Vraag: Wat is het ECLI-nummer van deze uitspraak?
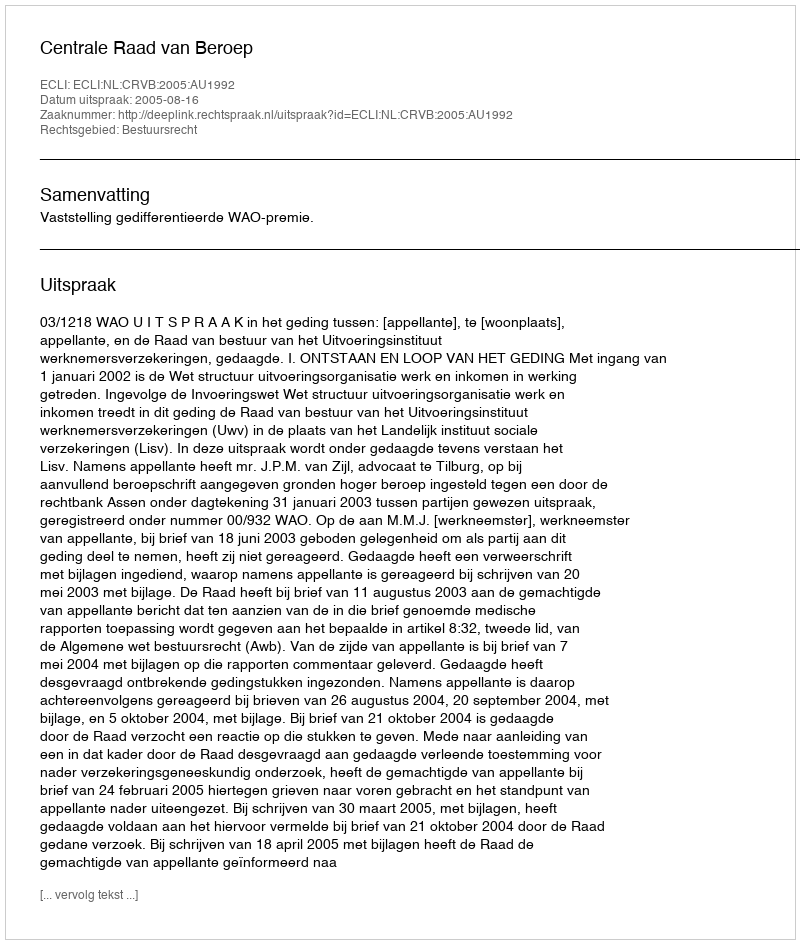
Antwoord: ECLI:NL:CRVB:2005:AU1992